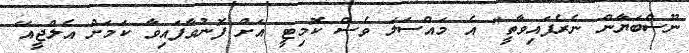
ނޫސްބަޔާން ނެރެފައިވާތީ" އެ މައްސަލަ ވެސް ކޮމިޓީ އަށް ފޮނުވާފައިވާ ކަމަށް އެލްޖީއޭ